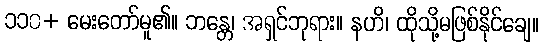
၁၁၀+ မေးတော်မူ၏။ ဘန္တေ၊ အရှင်ဘုရား။ နဟိ၊ ထိုသို့မဖြစ်နိုင်ချေ။